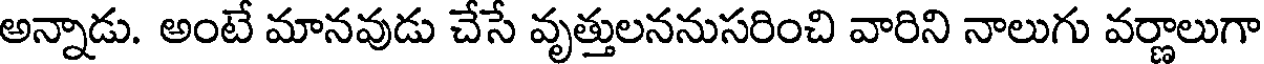
అన్నాడు. అంటే మానవుడు చేసే వృత్తులననుసరించి వారిని నాలుగు వర్ణాలుగా